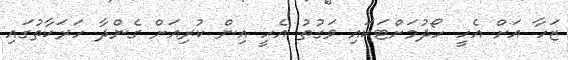
ޒަހާ އަށް އެހީ ހޯދުމަށްޓަކައި ވަގުތު އެހީ އިން ކުރިއަށް ގެންދާ ހަރަކާތުގައި